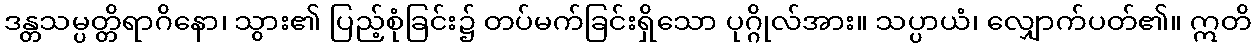
ဒန္တသမ္ပတ္တိရာဂိနော၊ သွား၏ ပြည့်စုံခြင်း၌ တပ်မက်ခြင်းရှိသော ပုဂ္ဂိုလ်အား။ သပ္ပာယံ၊ လျှောက်ပတ်၏။ ဣတိ